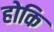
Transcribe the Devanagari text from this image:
होकि